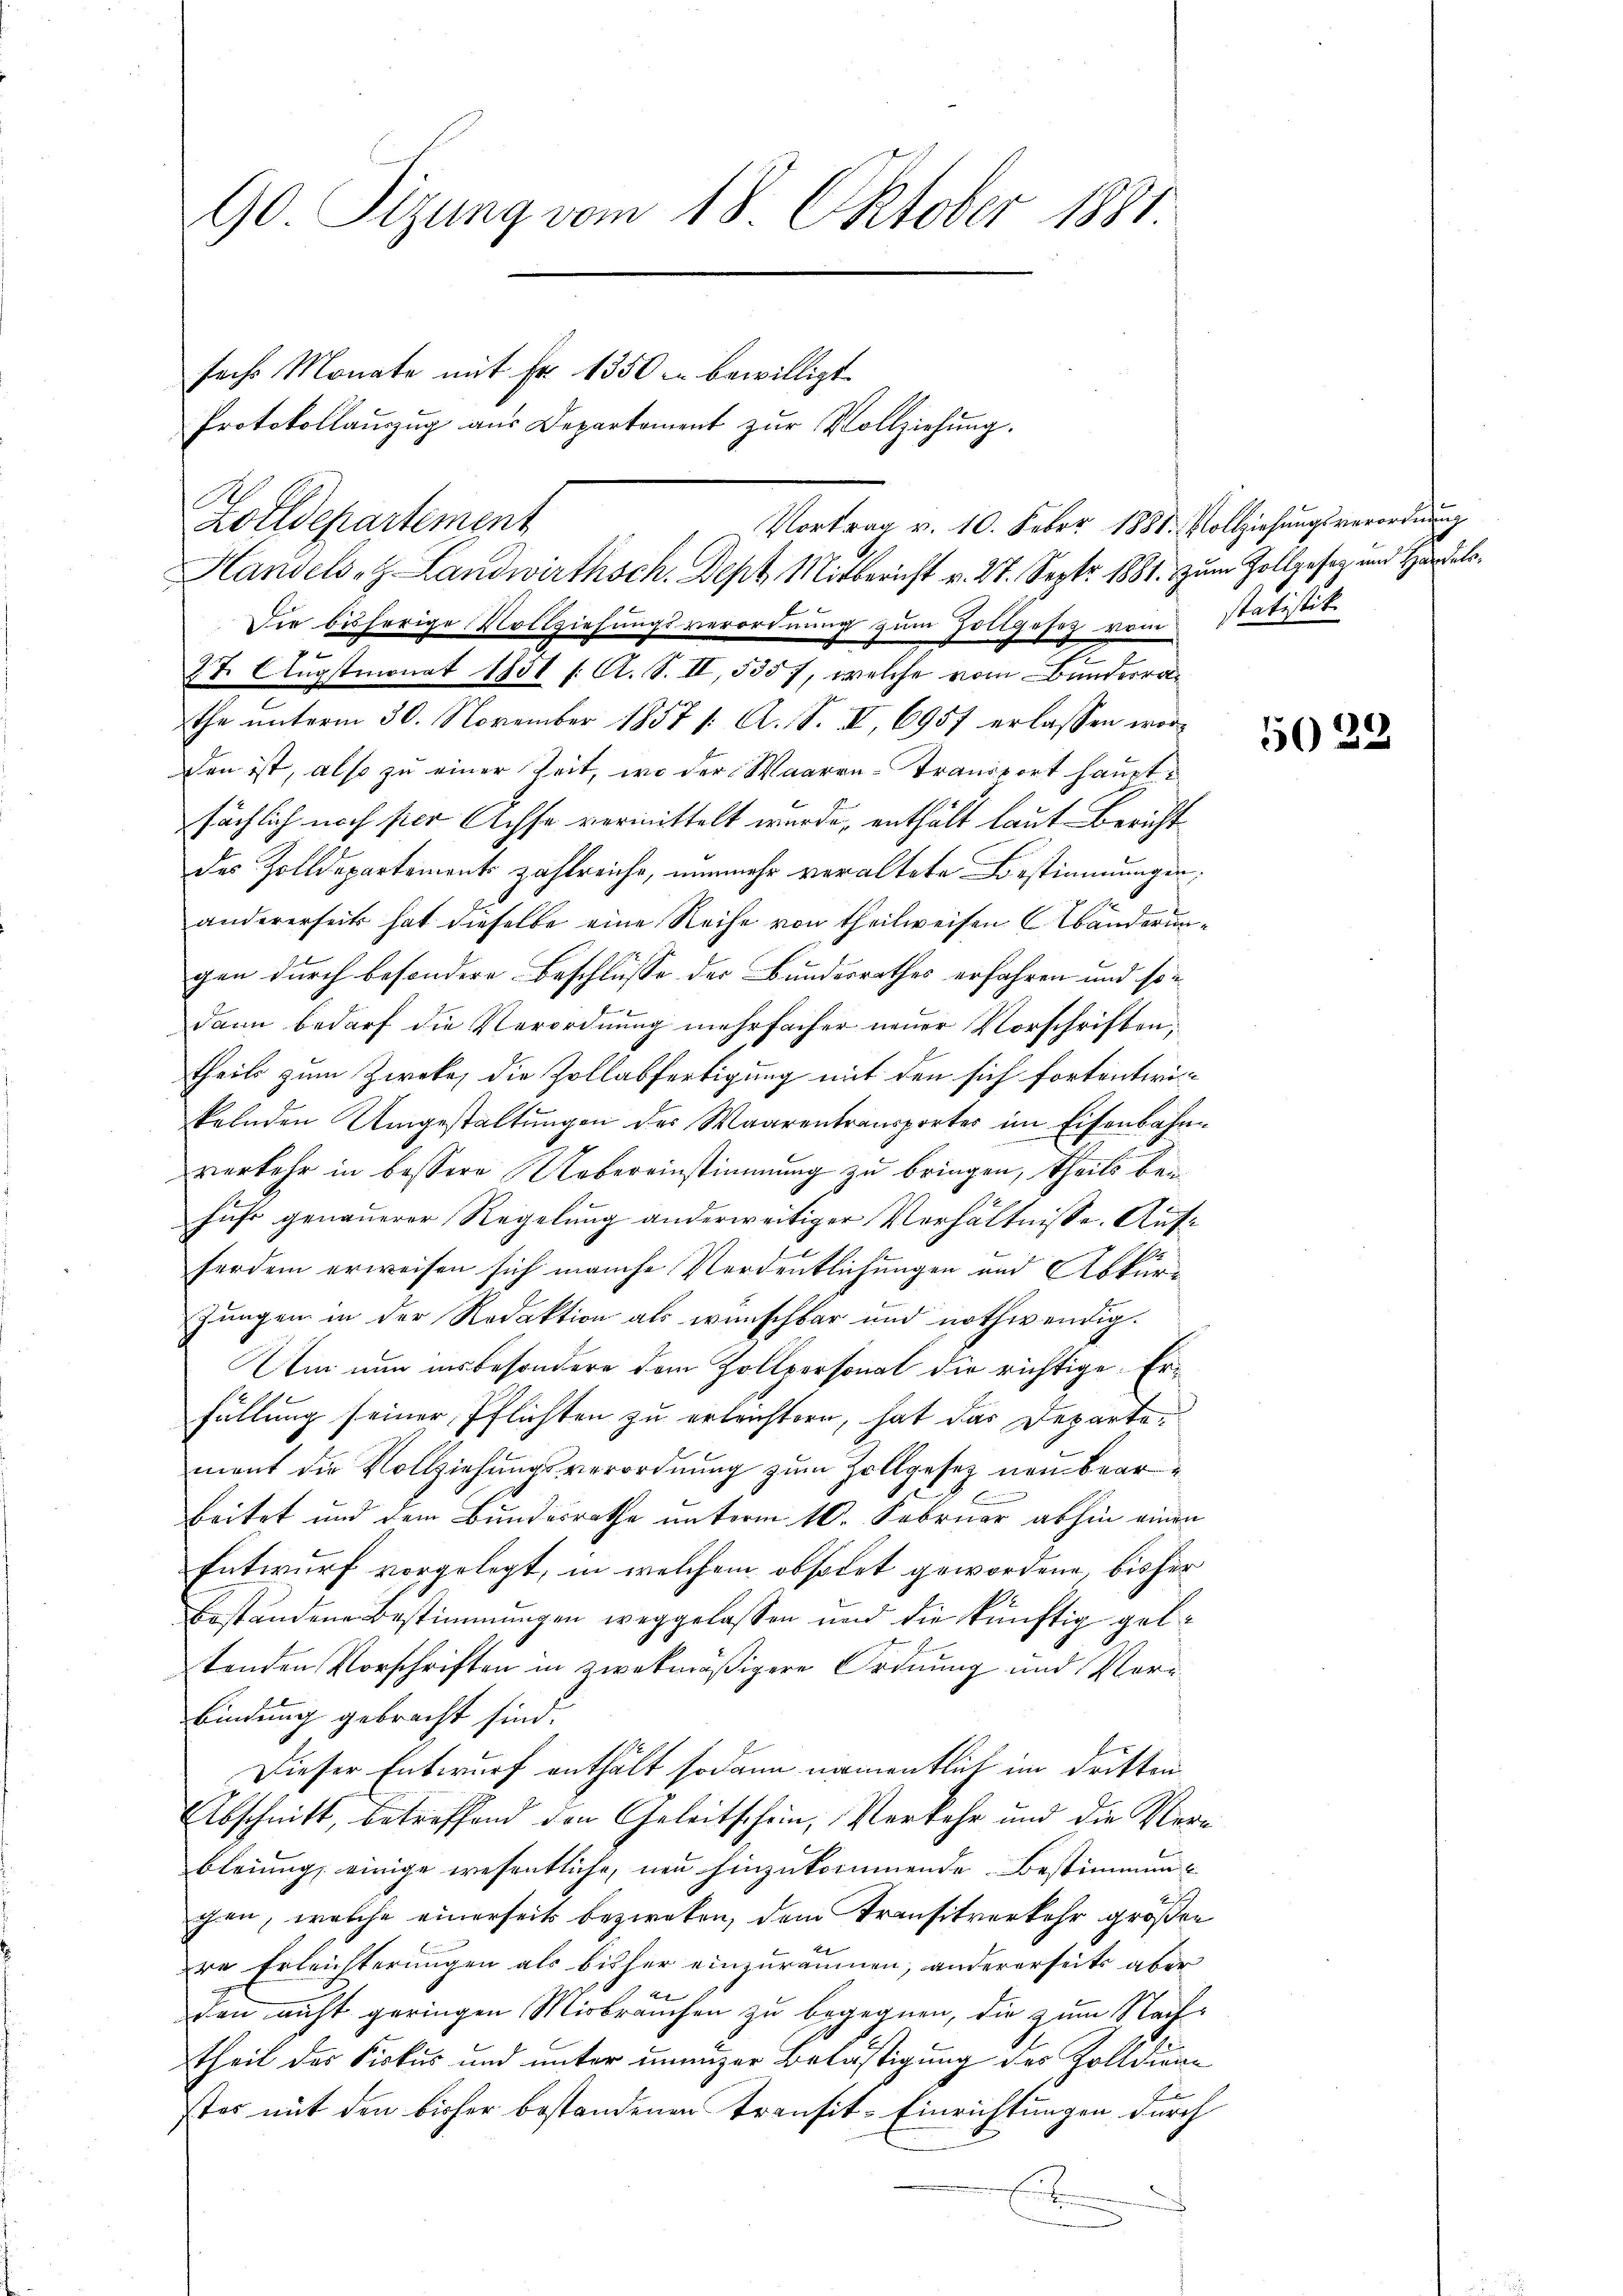
90. Sizung vom 18. Oktober 1881

Zolldepartement
Vortrag v. 10. Feber 1881. Vollziehungsverordnung
Die bisherige Vollziehungsverordnungs zum Holtgesetz vom Statistik
27. Augstmonat 1831 f. A. S. II, 535 f, welche vom Bundesrathe unterm 30. November 1857 1. A. S. II, 6957 erlassen worden ist, also zu einer Zeit, wo der Waaren-Transport hauptsächlich noch ster Achse vermittelt wurde, enthält laut Bericht
des Zolldepartements zahlreiche, nunmehr veraltete Bestimmungen,
Sche
andererseits hat dieselbe eine Reihe von theilweisen (Abanderungen durch besondere Beschlüsse des Bundesrathes erfahren und son
dann bedarf die Verordnung mehrfacher neuer Vorschriftentheils zum Zweke, die Zollabfertigung mit den sich fortentwikelnden Umgestaltungen des Waarentransportes im Eisenbahnverkehr in bessere Uebereinstimmung zu bringen, theils bei
hufs genauerer Regelung anderweitiger Verhältnisse. Aufferdem erweisen sich manche Verdeutlichungen und Abkür¬
Jungen in der Redaktion als wünschbar und nothwendig.
Um nun insbesondere dem Zollpersonat die richtige Erfüllung seiner Pflichten zu erleichtern, hat das Departe-
ment die Vollziehungsverordnung zum Zollgesetz neu bear
beitet und dem Bundesrathe unterm 10. Februar abhin einen
Entwurf vorgelegt, in welchem obsolet gewordene, bisher
beständene Bestimmungen weggelassen und die künftig geltenden Vorschriften in zwekmäßigere Ordnung und Verbindung gebracht sind.
Dieser Entwurf enthält sodann namentlich im dritten
Abschnitt, betreffend den Geleitschein, Verkehr und die Verbleiung, einige wesentliche, neu hinzukommende Bestimmungen, welche einerseits bezweken, dem Transitverkehr großen
re Erleichterungen als bisher einzuräumen, andererseits aber
1
den nicht geringen Misbrauchen zu begegnen, die zum Nachtheil der Piskus und unter ununzer Belästigung des Zolldienstos mit den bisher bestandenen Transit-Einrichtungen durch
E
u

sechs Monate mit Fr. 1350 c bewilligt.
Handelsatz Landwirthsch. Dept Mitbericht v. 27. Septbr. 1881. zum Zollgesez und Handels¬

Protokollauszug aus Departement zur Vollziehung.

5022